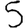
Digit: 5